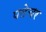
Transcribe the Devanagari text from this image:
पलेचर